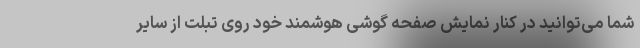
شما می‌توانید در کنار نمایش صفحه گوشی هوشمند خود روی تبلت از سایر